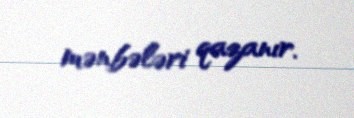
mənbələri qazanır.